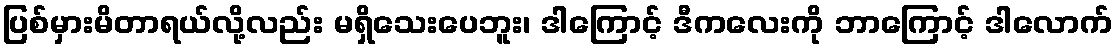
ပြစ်မှားမိတာရယ်လို့လည်း မရှိသေးပေဘူး၊ ဒါကြောင့် ဒီကလေးကို ဘာကြောင့် ဒါလောက်